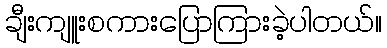
ချီးကျူးစကားပြောကြားခဲ့ပါတယ်။